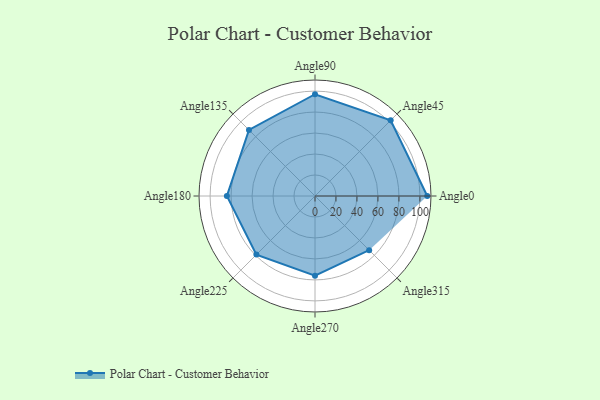
{"axis": {"x": "Angle", "y": "Radius"}, "legend": [""], "data": [{"x": "Angle0", "y": 107.0, "type": ""}, {"x": "Angle45", "y": 102.0, "type": ""}, {"x": "Angle90", "y": 97.0, "type": ""}, {"x": "Angle135", "y": 89.0, "type": ""}, {"x": "Angle180", "y": 84.0, "type": ""}, {"x": "Angle225", "y": 79.0, "type": ""}, {"x": "Angle270", "y": 76.0, "type": ""}, {"x": "Angle315", "y": 73.0, "type": ""}]}